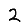
Digit: 2